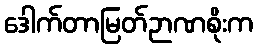
ဒေါက်တာမြတ်ဉာဏစိုးက